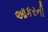
આકરની